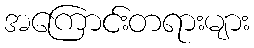
အကြောင်းတရားများ